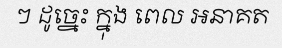
ៗ ដូច្នេះ ក្នុង ពេល អនាគត